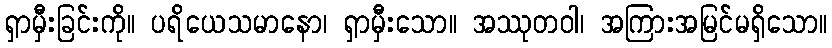
ရှာမှီးခြင်းကို။ ပရိယေသမာနော၊ ရှာမှီးသော။ အဿုတဝါ၊ အကြားအမြင်မရှိသော။